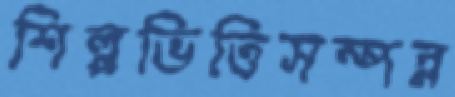
শিল্পভিত্তিসম্পন্ন